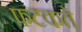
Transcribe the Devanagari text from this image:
फटकते